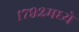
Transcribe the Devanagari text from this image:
१७९२मध्ये